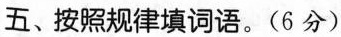
五、按照规律填词语。(6分)